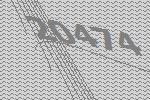
20474